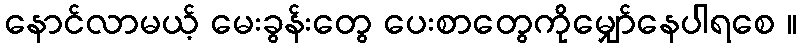
နောင်လာမယ့် မေးခွန်းတွေ ပေးစာတွေကိုမျှော်နေပါရစေ ။